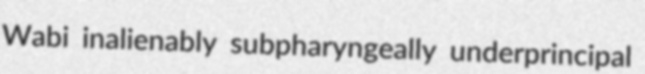
Wabi inalienably subpharyngeally underprincipal